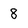
Character: 8